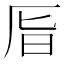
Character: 𠩊